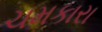
ચમકારા